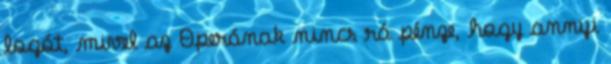
logót, mivel az Operának nincs rá pénze, hogy annyi